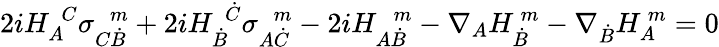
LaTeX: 2iH_{A}^{\ \ C}\sigma_{C\dot{B}}^{\ \ \ m}+2iH_{\dot{B}}^{\ \ \dot{C}}\sigma_{A\dot{C}}^{\ \ \ m}-2iH_{A\dot{B}}^{\ \ \ m}-\nabla_{A}H_{\dot{B}}^{\ m}-\nabla_{\dot{B}}H_{A}^{\ m}=0